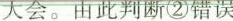
大会。由此判断②错误